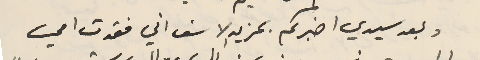
وبعد سيدي اخبركم بمزيد الاسف اني فقدت امي